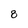
Character: 8